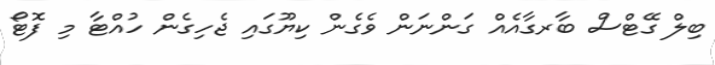
ބިލް ގޭޓްސް ބާރގާއެއް ގަންނަން ވެގެން ކިޔޫގައި ޖެހިގެން ހުއްޓާ މި ފޮޓޯ